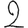
Digit: 2